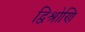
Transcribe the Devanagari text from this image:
द्विश्रोणि